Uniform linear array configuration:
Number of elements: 32
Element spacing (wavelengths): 0.5
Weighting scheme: binomial
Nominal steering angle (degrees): -30
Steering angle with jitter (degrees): -31.087
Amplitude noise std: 0.05
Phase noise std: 0.05

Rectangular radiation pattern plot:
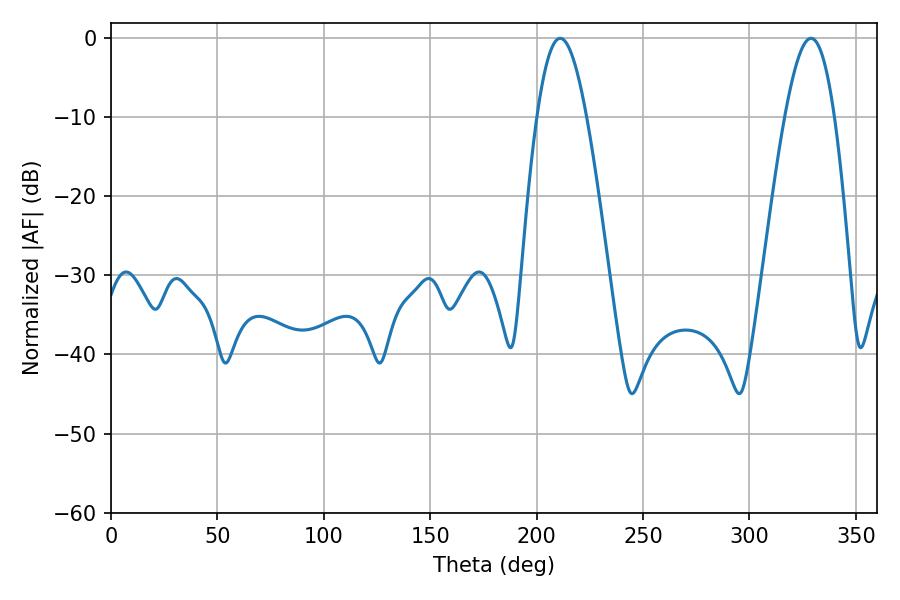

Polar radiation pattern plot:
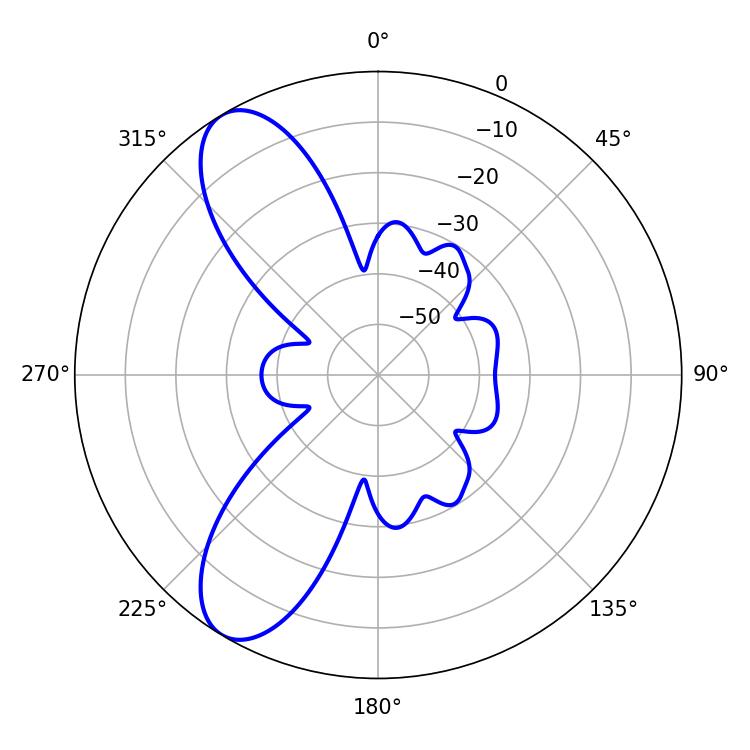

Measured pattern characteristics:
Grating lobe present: FALSE
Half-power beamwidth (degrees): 12.6
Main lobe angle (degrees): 211.14